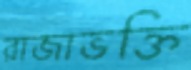
রাজাভক্তি